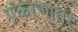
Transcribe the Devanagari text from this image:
प्रकरणांतर